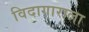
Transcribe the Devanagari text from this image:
विदागाराला